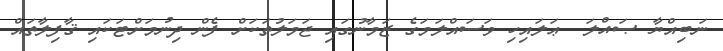
ނަބިއްޔާ ޞައްލަ  ޢަލައިހި ވަސައްލަމަގެ ޒަމާނުގައި ޖަމަލުތަކަށް ފެން ދިނުމަށްޓަކައި ޤާފިލާތައް